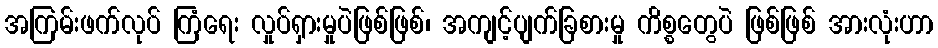
အကြမ်းဖက်လုပ် ကြံရေး လှုပ်ရှားမှုပဲဖြစ်ဖြစ်၊ အကျင့်ပျက်ခြစားမှု ကိစ္စတွေပဲ ဖြစ်ဖြစ် အားလုံးဟာ